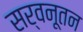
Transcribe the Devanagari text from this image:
सर्वनूतन